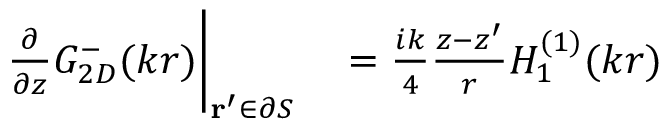
\begin{array} { r l } { \frac { \partial } { \partial z } G _ { 2 D } ^ { - } ( k r ) \bigg | _ { \mathbf { r } ^ { \prime } \in \partial S } } & { { } = \frac { i k } { 4 } \frac { z - z ^ { \prime } } { r } H _ { 1 } ^ { ( 1 ) } ( k r ) } \end{array}